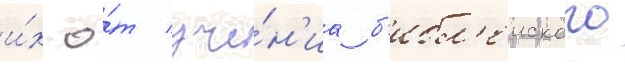
и́х о́т уче́н'иа б'ибл'еиского